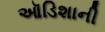
ઑડિશાની